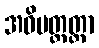
အဓိမတ္တတ္တာ